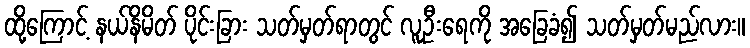
ထို့ကြောင့် နယ်နိမိတ် ပိုင်းခြား သတ်မှတ်ရာတွင် လူဦးရေကို အခြေခံ၍ သတ်မှတ်မည်လား။